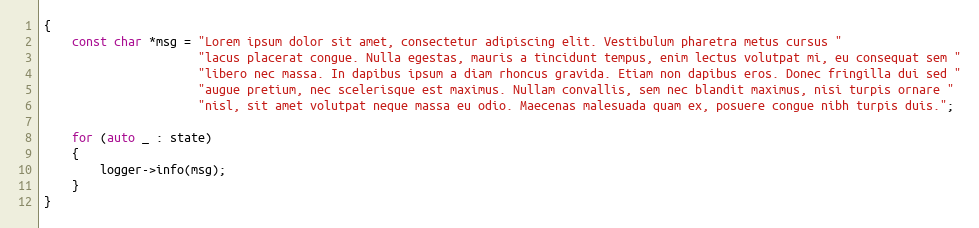
Language: C++
{
    const char *msg = "Lorem ipsum dolor sit amet, consectetur adipiscing elit. Vestibulum pharetra metus cursus "
                      "lacus placerat congue. Nulla egestas, mauris a tincidunt tempus, enim lectus volutpat mi, eu consequat sem "
                      "libero nec massa. In dapibus ipsum a diam rhoncus gravida. Etiam non dapibus eros. Donec fringilla dui sed "
                      "augue pretium, nec scelerisque est maximus. Nullam convallis, sem nec blandit maximus, nisi turpis ornare "
                      "nisl, sit amet volutpat neque massa eu odio. Maecenas malesuada quam ex, posuere congue nibh turpis duis.";

    for (auto _ : state)
    {
        logger->info(msg);
    }
}